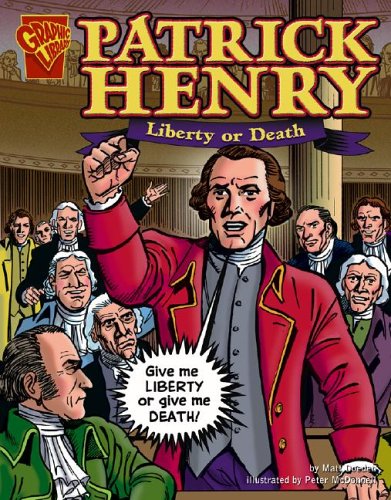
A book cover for Patrick Henry: Liberty or Death (Graphic Biographies); Jason Glaser; Children's Books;